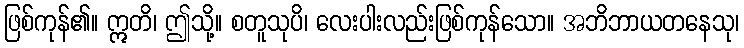
ဖြစ်ကုန်၏။ ဣတိ၊ ဤသို့။ စတူသုပိ၊ လေးပါးလည်းဖြစ်ကုန်သော။ အဘိဘာယတနေသု၊